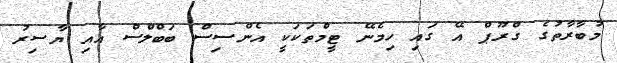
މުބާރާތުގެ ގްރޫޕް އޭ ގައި ހިމެނޭ ޓީމްތަކަކީ އެންސިސް ބަބްލްސް އާއި ޔާސިރު